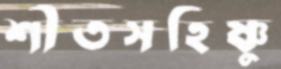
শীতসহিষ্ণু